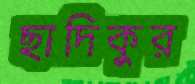
ছাদিকুর